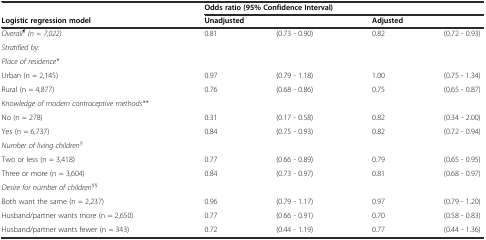
| <ROWSPAN=2> Logistic regression model | <COLSPAN=4> Odds ratio (95% Confidence Interval) |
 | <COLSPAN=2> Unadjusted | <COLSPAN=2> Adjusted |
 | --- | --- | --- | --- | --- |
 | Overall¶(n = 7,022) | 0.81 | (0.73 - 0.90) | 0.82 | (0.72 - 0.93) |
 | Stratified by: |  |  |  |  |
 | Place of residence* |  |  |  |  |
 | Urban (n = 2,145) | 0.97 | (0.79 - 1.18) | 1.00 | (0.75 - 1.34) |
 | Rural (n = 4,877) | 0.76 | (0.68 - 0.86) | 0.75 | (0.65 - 0.87) |
 | Knowledge of modern contraceptive methods** |  |  |  |  |
 | No (n = 278) | 0.31 | (0.17 - 0.58) | 0.82 | (0.34 - 2.00) |
 | Yes (n = 6,737) | 0.84 | (0.75 - 0.93) | 0.82 | (0.72 - 0.94) |
 | Number of living children§ |  |  |  |  |
 | Two or less (n = 3,418) | 0.77 | (0.66 - 0.89) | 0.79 | (0.65 - 0.95) |
 | Three or more (n = 3,604) | 0.84 | (0.73 - 0.97) | 0.81 | (0.68 - 0.97) |
 | Desire for number of children§§ |  |  |  |  |
 | Both want the same (n = 2,237) | 0.96 | (0.79 - 1.17) | 0.97 | (0.79 - 1.20) |
 | Husband/partner wants more (n = 2,650) | 0.77 | (0.66 - 0.91) | 0.70 | (0.58 - 0.83) |
 | Husband/partner wants fewer (n = 343) | 0.72 | (0.44 - 1.19) | 0.77 | (0.44 - 1.36) |